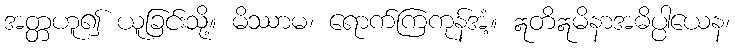
အတ္တဟူ၍ ယူခြင်းသို့။ မိဿာမ၊ ရောက်ကြကုန်အံ့။ ဣတိဣမိနာအဓိပ္ပါယေန၊